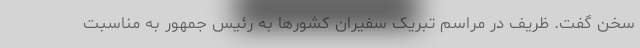
سخن گفت. ظریف در مراسم تبریک سفیران کشورها به رئیس جمهور به مناسبت